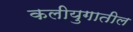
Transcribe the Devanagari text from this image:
कलीयुगातील